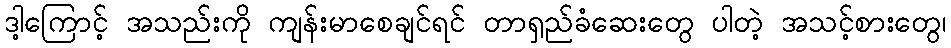
ဒါ့ကြောင့် အသည်းကို ကျန်းမာစေချင်ရင် တာရှည်ခံဆေးတွေ ပါတဲ့ အသင့်စားတွေ၊